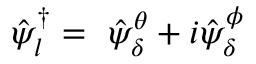
\hat { \psi } _ { l } ^ { \dagger } = \, \, \hat { \psi } _ { \delta } ^ { \theta } + i \hat { \psi } _ { \delta } ^ { \phi }